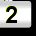
Digit: 2